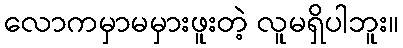
လောကမှာမမှားဖူးတဲ့ လူမရှိပါဘူး။